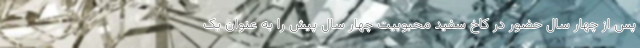
پس از چهار سال حضور در کاخ سفید محبوبیت چهار سال پیش را به عنوان یک